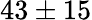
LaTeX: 43\pm 15